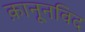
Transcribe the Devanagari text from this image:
क़ानूनविद